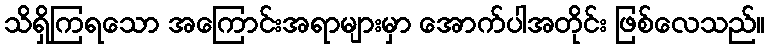
သိရှိကြရသော အကြောင်းအရာများမှာ အောက်ပါအတိုင်း ဖြစ်လေသည်။